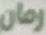
رمان